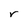
Character: r